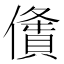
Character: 𠏤